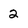
Character: 2